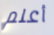
أعلم